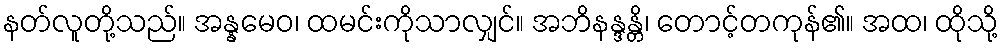
နတ်လူတို့သည်။ အန္နမေဝ၊ ထမင်းကိုသာလျှင်။ အဘိနန္ဒန္တိ၊ တောင့်တကုန်၏။ အထ၊ ထိုသို့